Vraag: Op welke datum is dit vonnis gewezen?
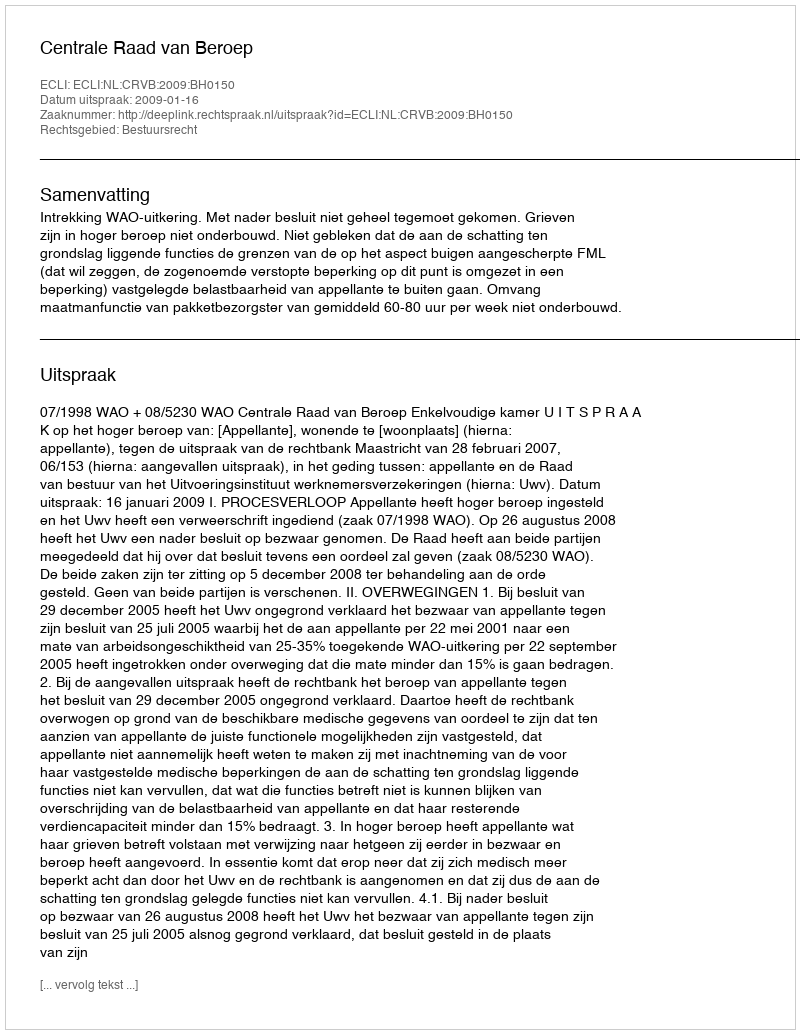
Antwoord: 2009-01-16